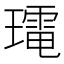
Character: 𭺀